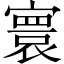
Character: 寰